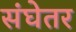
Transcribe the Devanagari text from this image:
संघेतर